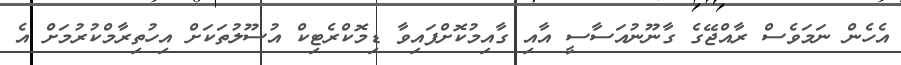
އެހެން ނަމަވެސް ރާއްޖޭގެ ގާނޫނުއަސާސީ އާއި ގާއިމުކޮށްފައިވާ ޑިމޮކްރެޓިކް އުސޫލުތަކަށް އިހުތިރާމްކުރުމަށް އެ